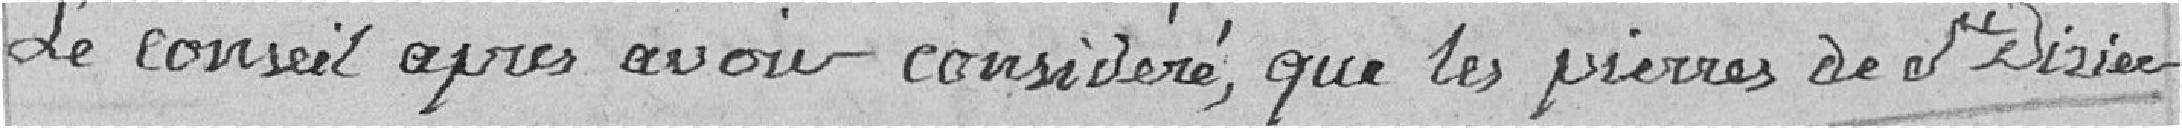
Le Conseil après avoir considéré que les pierres de St DIZIER